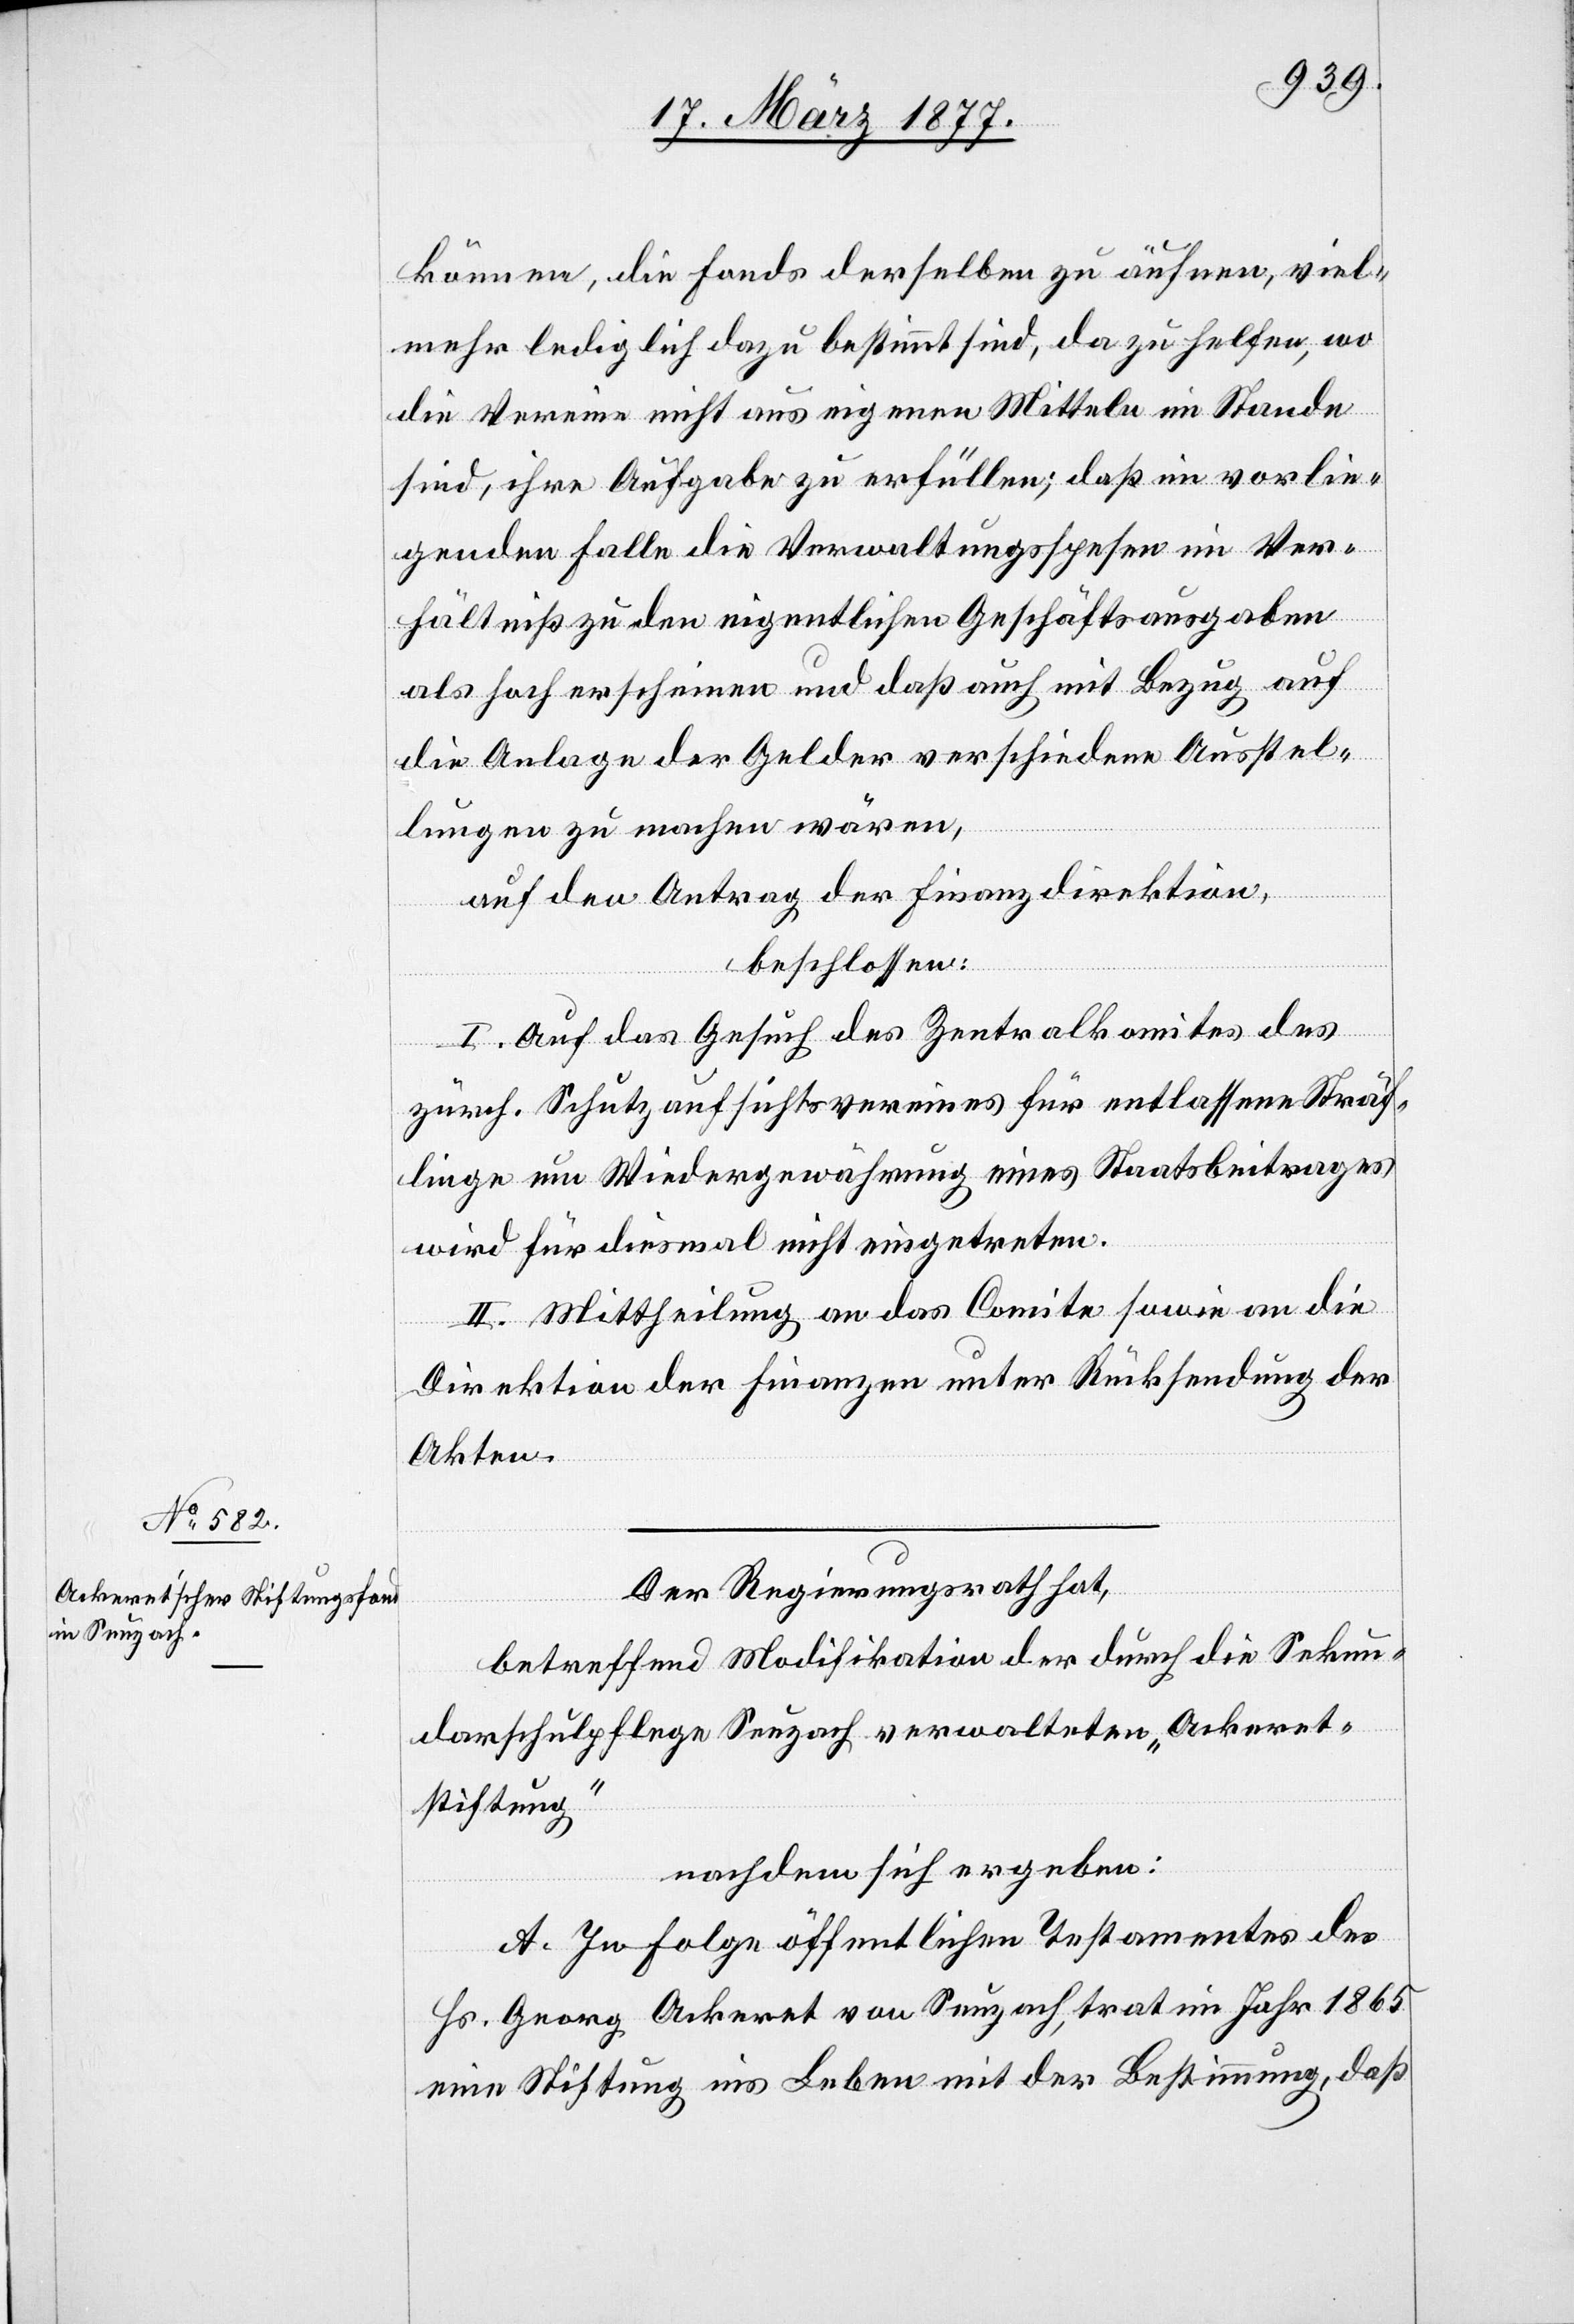
können, die Fonds derselben zu äufnen, viel¬
mehr lediglich dazu bestimmt sind, da zu helfen, wo
die Vereine nicht aus eigenen Mitteln im Stande
sind, ihre Aufgabe zu erfüllen; daß im vorlie¬
genden Falle die Verwaltungsspesen im Ver¬
hältniß zu den eigentlichen Geschäftsausgaben
als hoch erscheinen und daß auch mit Bezug auf
die Anlage der Gelder verschiedene Ausstel¬
lungen zu machen wären,
auf den Antrag der Finanzdirektion,
beschlossen:
I. Auf das Gesuch des Zentralkomites des
zürch. Schutzaufsichtsvereins für entlassene Sträf¬
linge um Wiedergewährung eines Staatsbeitrages
wird für diesmal nicht eingetreten.
II. Mittheilung an das Comite [sic!] sowie an die
Direktion der Finanzen unter Rücksendung der
Akten.
Der Regierungsrath hat,
betreffend Modifikation der durch die Sekun¬
darschulpflege Seuzach verwalteten „Ackeret¬
stiftung“
nachdem sich ergeben:
A. In Folge öffentlichen Testamentes des
Hr. Georg Ackeret von Seuzach, trat im Jahr 1865
eine Stiftung ins Leben mit der Bestimmung, daß